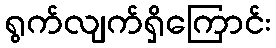
ရွက်လျက်ရှိကြောင်း